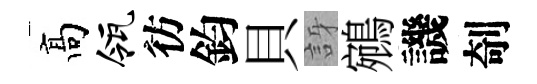
髙瓴彷鈞貝訝鵷譏剞